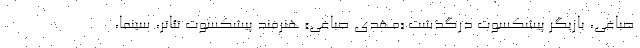
صباغی، بازیگر پیشکسوت درگذشت «مهدی صباغی» هنرمند پیشکسوت تئاتر، سینما،